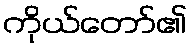
ကိုယ်တော်၏